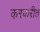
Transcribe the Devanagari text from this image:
करकरीत